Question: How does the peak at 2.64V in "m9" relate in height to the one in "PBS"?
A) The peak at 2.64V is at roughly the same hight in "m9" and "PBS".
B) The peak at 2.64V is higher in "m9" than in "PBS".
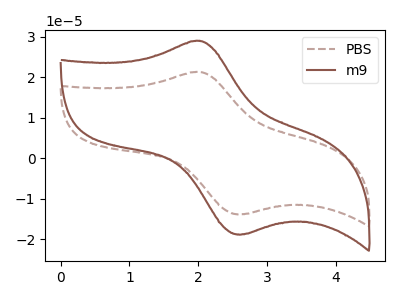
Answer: <think>The brown dashed curve "PBS" has an anodic peak at (2.00V, 21.30uA) and a cathodic peak at (2.65V, -13.75uA). The brown curve "m9" has an anodic peak at (2.00V, 28.95uA) and a cathodic peak at (2.65V, -18.75uA).</think>
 <answer>B) The peak at 2.64V is higher in "m9" than in "PBS".</answer>
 <eval>B</eval>